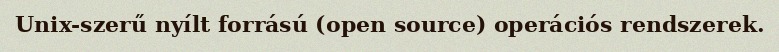
Unix-szerű nyílt forrású (open source) operációs rendszerek.